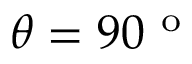
\theta = 9 0 ^ { \mathrm { ~ o ~ } }